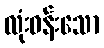
လုံးဝန်းသော